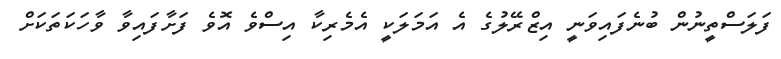
ފަލަސްތީނުން ބުނެފައިވަނީ އިޒްރޭލުގެ އެ އަމަލަކީ އެމެރިކާ އިސްވެ އޮވެ ފަށާފައިވާ ވާހަކަތަކަށް